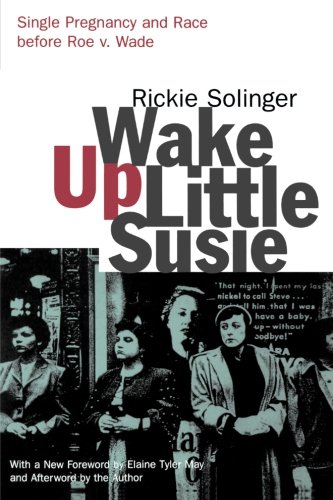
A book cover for Wake Up Little Susie: Single Pregnancy and Race Before Roe v. Wade; Rickie Solinger; Parenting & Relationships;